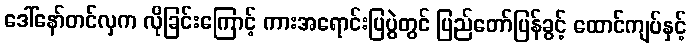
ဒေါ်နော်တင်လှက လိုခြင်းကြောင့် ကားအရောင်းပြပွဲတွင် ပြည်တော်ပြန်ခွင့် ထောင်ကျပ်နှင့်